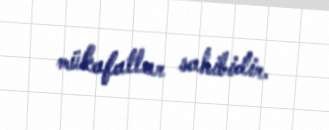
mükafatlar sahibidir.